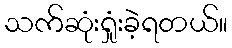
သက်ဆုံးရှုံးခဲ့ရတယ်။